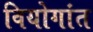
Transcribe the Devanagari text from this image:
वियोगांत